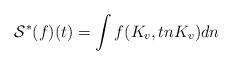
LaTeX: \begin{align*} \mathcal{S}^*(f)(t) = \int f(K_v,tn K_v) dn \end{align*}